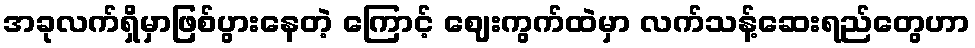
အခုလက်ရှိမှာဖြစ်ပွားနေတဲ့ ကြောင့် ဈေးကွက်ထဲမှာ လက်သန့်ဆေးရည်တွေဟာ